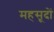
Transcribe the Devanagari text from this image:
महसूदों